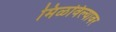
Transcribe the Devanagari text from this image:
मिळविल्यावर